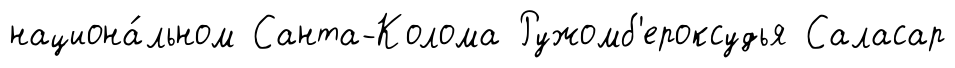
национа́льном Санта-Колома Ружомб'ероксудья Саласар